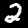
Digit: 2